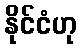
နိုင်ငံဟု